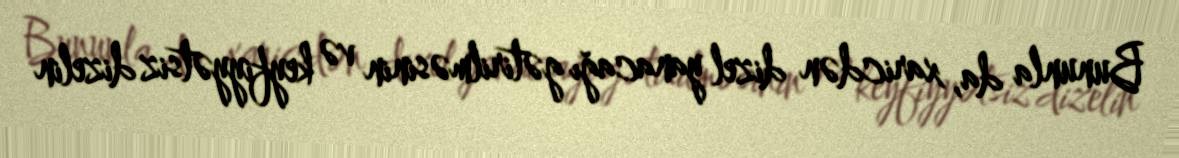
Bununla da, xaricdən dizel yanacağı gətirilməsinin və keyfiyyətsiz dizelin